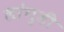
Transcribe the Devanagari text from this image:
लांगुडी